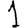
Digit: 1